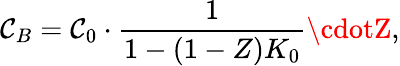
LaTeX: \mathcal{C}_{B}=\mathcal{C}_{0}\cdot\frac{{1}}{{1-(1-Z)K_{0}}}\cdotZ,